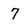
Character: 7